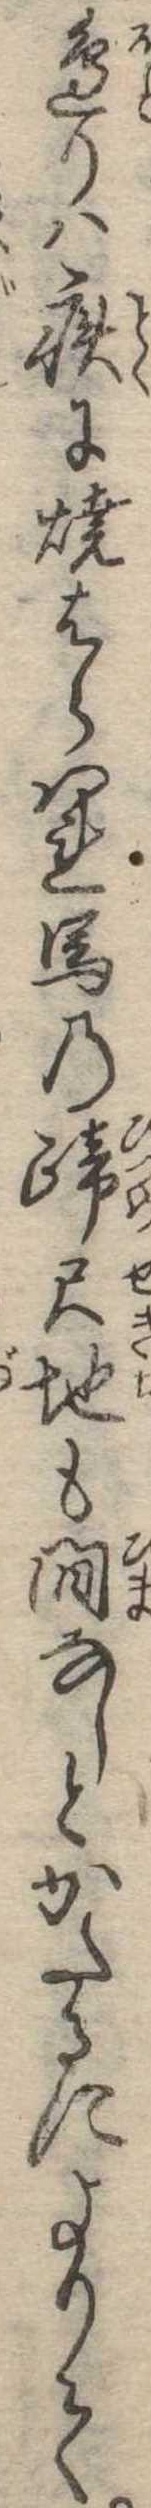
辺りは疾に焼はらはれ馬の蹄尺地も間なしとかたるによりて